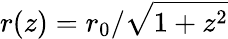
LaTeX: r(z)=r_{0}/\sqrt{1+z^{2}}